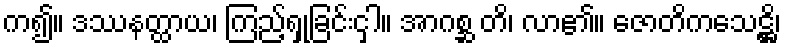
က၍။ ဒဿနတ္ထာယ၊ ကြည့်ရှုခြင်းငှါ။ အာဂစ္ဆ တိ၊ လာ၏။ ဇောတိကသေဋ္ဌိ၊